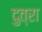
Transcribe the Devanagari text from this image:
दुत्रा